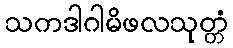
သကဒါဂါမိဖလသုတ္တံ